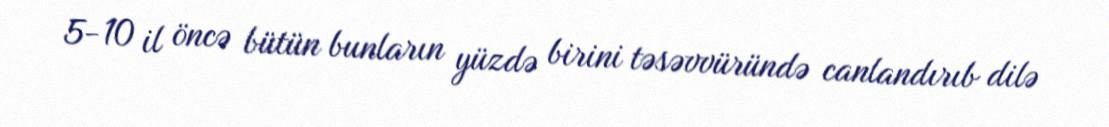
5-10 il öncə bütün bunların yüzdə birini təsəvvüründə canlandırıb dilə